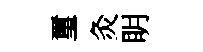
璽灸眀